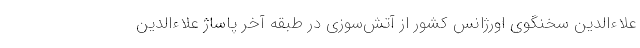
علاءالدین سخنگوی اورژانس کشور از آتش‌سوزی در طبقه آخر پاساژ علاءالدین